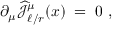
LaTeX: \partial _ { \mu } \widehat { { \mathcal J } } _ { \ell / r } ^ { \mu } ( x ) \; = \; 0 ~ ,